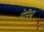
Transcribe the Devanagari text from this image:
पेरिंब